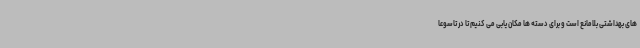
های بهداشتی بلامانع است و برای دسته ها مکان یابی می کنیم تا در تاسوعا